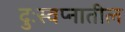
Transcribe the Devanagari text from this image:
दुःस्वप्नातील